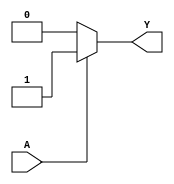
module KMapCombinationalLogic (
    input wire A,      // Input variable
    output wire Y      // Output
);

// Define the values for f(0) and f(1)
parameter f_0 = 1'b0; // Output when A = 0
parameter f_1 = 1'b1; // Output when A = 1

// Combinational logic based on the input A
assign Y = (A == 1'b0) ? f_0 : f_1;

endmodule